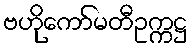
ဗဟိုကော်မတီဥက္ကဋ္ဌ